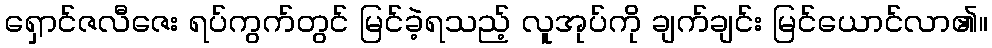
ရှောင်ဇလီဇေး ရပ်ကွက်တွင် မြင်ခဲ့ရသည့် လူအုပ်ကို ချက်ချင်း မြင်ယောင်လာ၏။